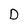
Character: D